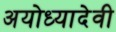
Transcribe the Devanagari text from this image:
अयोध्यादेवी